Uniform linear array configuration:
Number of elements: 24
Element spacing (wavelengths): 1
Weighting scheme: hann
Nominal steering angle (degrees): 0
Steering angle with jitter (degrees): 0.853
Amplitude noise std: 0.05
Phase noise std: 0.05

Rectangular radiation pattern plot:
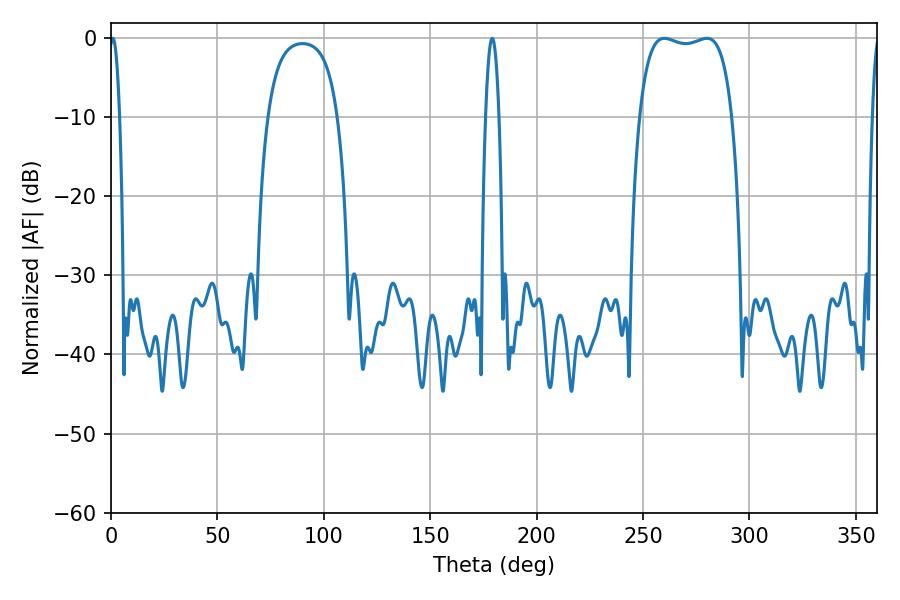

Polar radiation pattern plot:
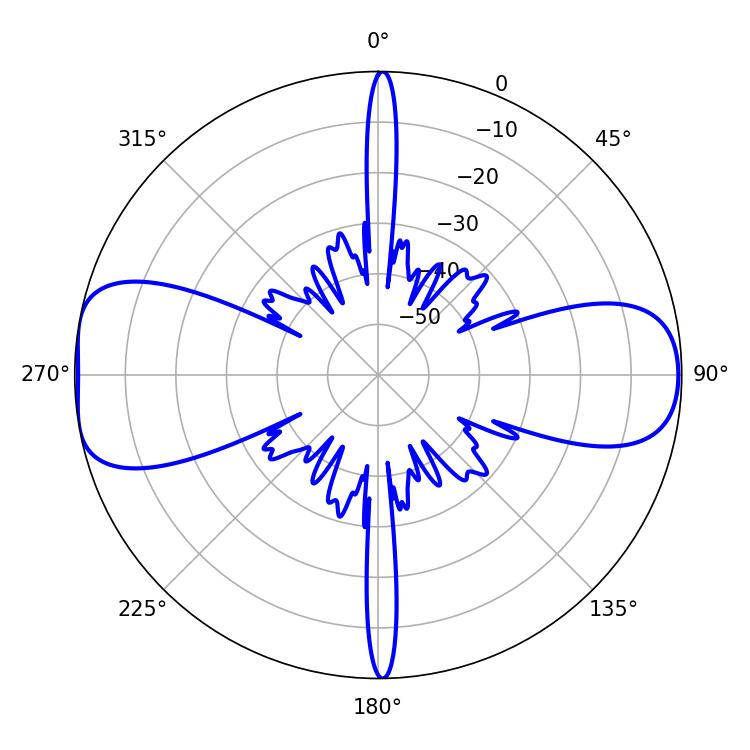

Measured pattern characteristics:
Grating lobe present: TRUE
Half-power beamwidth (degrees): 34.92
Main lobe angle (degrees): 260.1